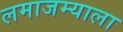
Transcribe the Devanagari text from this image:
लमाजम्याला